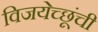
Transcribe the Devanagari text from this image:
विजयेच्छूंची